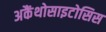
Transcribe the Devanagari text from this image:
अकैंथोसाइटोसिस